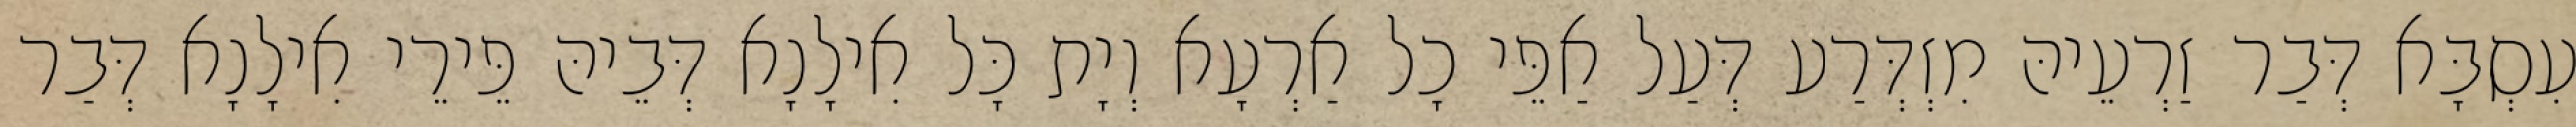
עִסְבָּא דְּבַר זַרְעֵיהּ מִזְדְּרַע דְּעַל אַפֵּי כָל אַרְעָא וְיָת כָּל אִילָנָא דְּבֵיהּ פֵּירֵי אִילָנָא דְּבַר